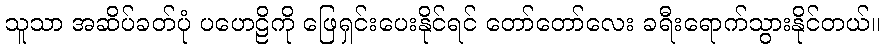
သူသာ အဆိပ်ခတ်ပုံ ပဟေဠိကို ဖြေရှင်းပေးနိုင်ရင် တော်တော်လေး ခရီးရောက်သွားနိုင်တယ်။